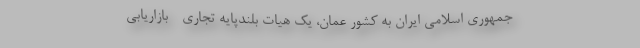
جمهوری اسلامی ایران به کشور عمان، یک هیات بلندپایه تجاری - بازاریابی